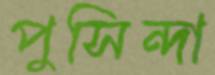
পুসিন্দা